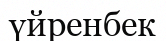
үйренбек